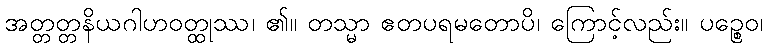
အတ္တတ္တနိယဂါဟဝတ္ထုဿ၊ ၏။ တသ္မာ ဧတပရမတောပိ၊ ကြောင့်လည်း။ ပဉ္စေဝ၊